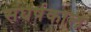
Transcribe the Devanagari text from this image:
संघर्षकाल